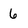
Character: 6